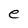
Character: e